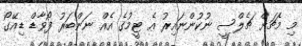
މި މެޗަށް ޗެލްސީ ނުކުންނައިރު އެ ޓީމުގެ އެއް ނަންބަރު ފޯވާޑް ޑިއޭގޯ